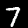
Digit: 7